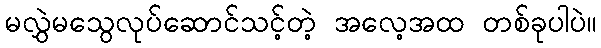
မလွှဲမသွေလုပ်ဆောင်သင့်တဲ့ အလေ့အထ တစ်ခုပါပဲ။